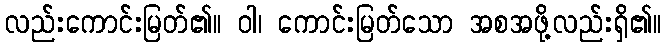
လည်းကောင်းမြတ်၏။ ဝါ၊ ကောင်းမြတ်သော အစအဖို့လည်းရှိ၏။